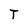
Character: T